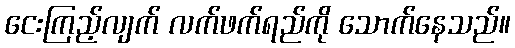
ငေးကြည့်လျက် လက်ဖက်ရည်ကို သောက်နေသည်။